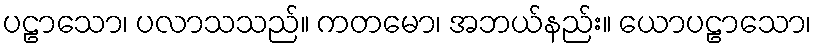
ပဠာသော၊ ပလာသသည်။ ကတမော၊ အဘယ်နည်း။ ယောပဠာသော၊